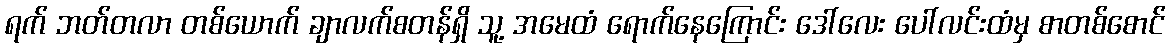
ရက် ဘတ်တလာ တစ်ယောက် ချာလက်စတန်ရှိ သူ့ အမေထံ ရောက်နေကြောင်း ဒေါ်လေး ပေါ်လင်းထံမှ စာတစ်စောင်